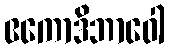
ဧကောဒိဘာဝေါ